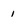
Character: 1